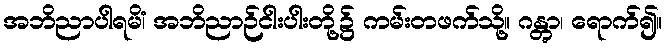
အဘိညာပါရမိံ၊ အဘိညာဉ်ငါးပါးတို့၌ ကမ်းတဖက်သို့။ ဂန္တွာ၊ ရောက်၍။